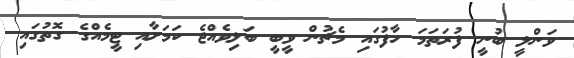
ވަންލީ ބުނީ ފުރަތަމަ ހާފުގައި މެޗުން ވީބީ ބަލިވެއްޖެ ކަމަށާއި ޓީމެއްގެ ގޮތުގައި